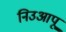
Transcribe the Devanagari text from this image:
निउआपू